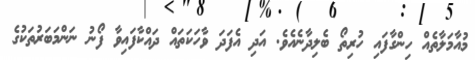
މުއާމަލާތެއް ހިންގާފައި ހުރިތޯ ބެލިދާނެއެވެ. އަދި އެފަދަ ވާހަކަތައް ދައްކާފައިވާ ފޯނު ނަންމަބަރުތަކުގެ